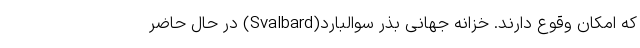
که امکان وقوع دارند. خزانه جهانی بذر سوالبارد(Svalbard) در حال حاضر